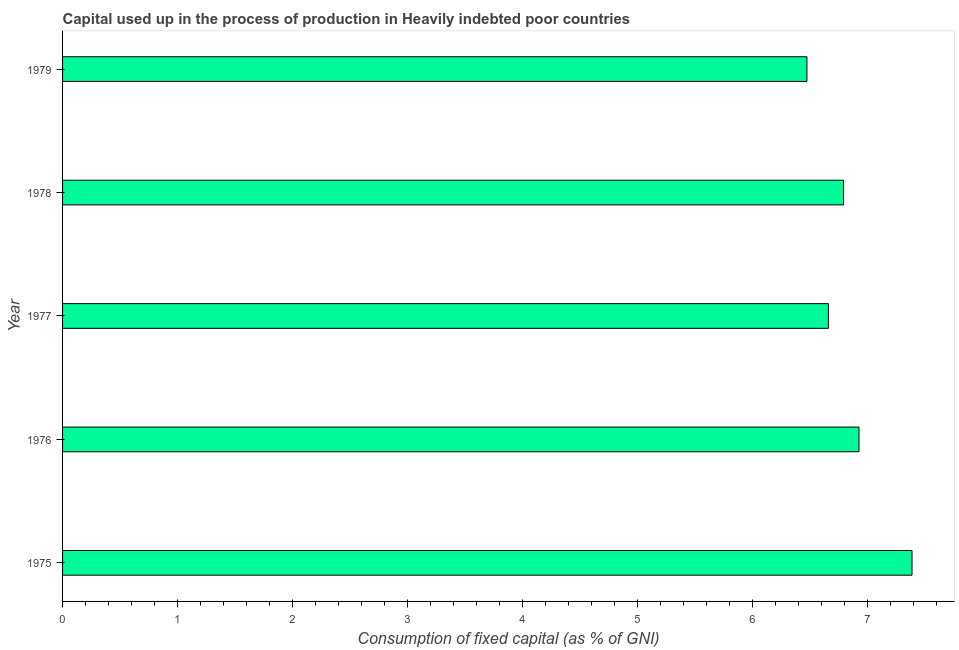
| Year | Consumption of fixed capital |
 | --- | --- |
 | 1975 | 7.39 |
 | 1976 | 6.93 |
 | 1977 | 6.66 |
 | 1978 | 6.79 |
 | 1979 | 6.47 |